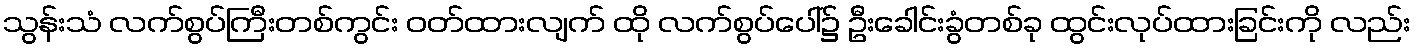
သွန်းသံ လက်စွပ်ကြီးတစ်ကွင်း ဝတ်ထားလျက် ထို လက်စွပ်ပေါ်၌ ဦးခေါင်းခွံတစ်ခု ထွင်းလုပ်ထားခြင်းကို လည်း